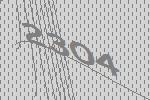
2304